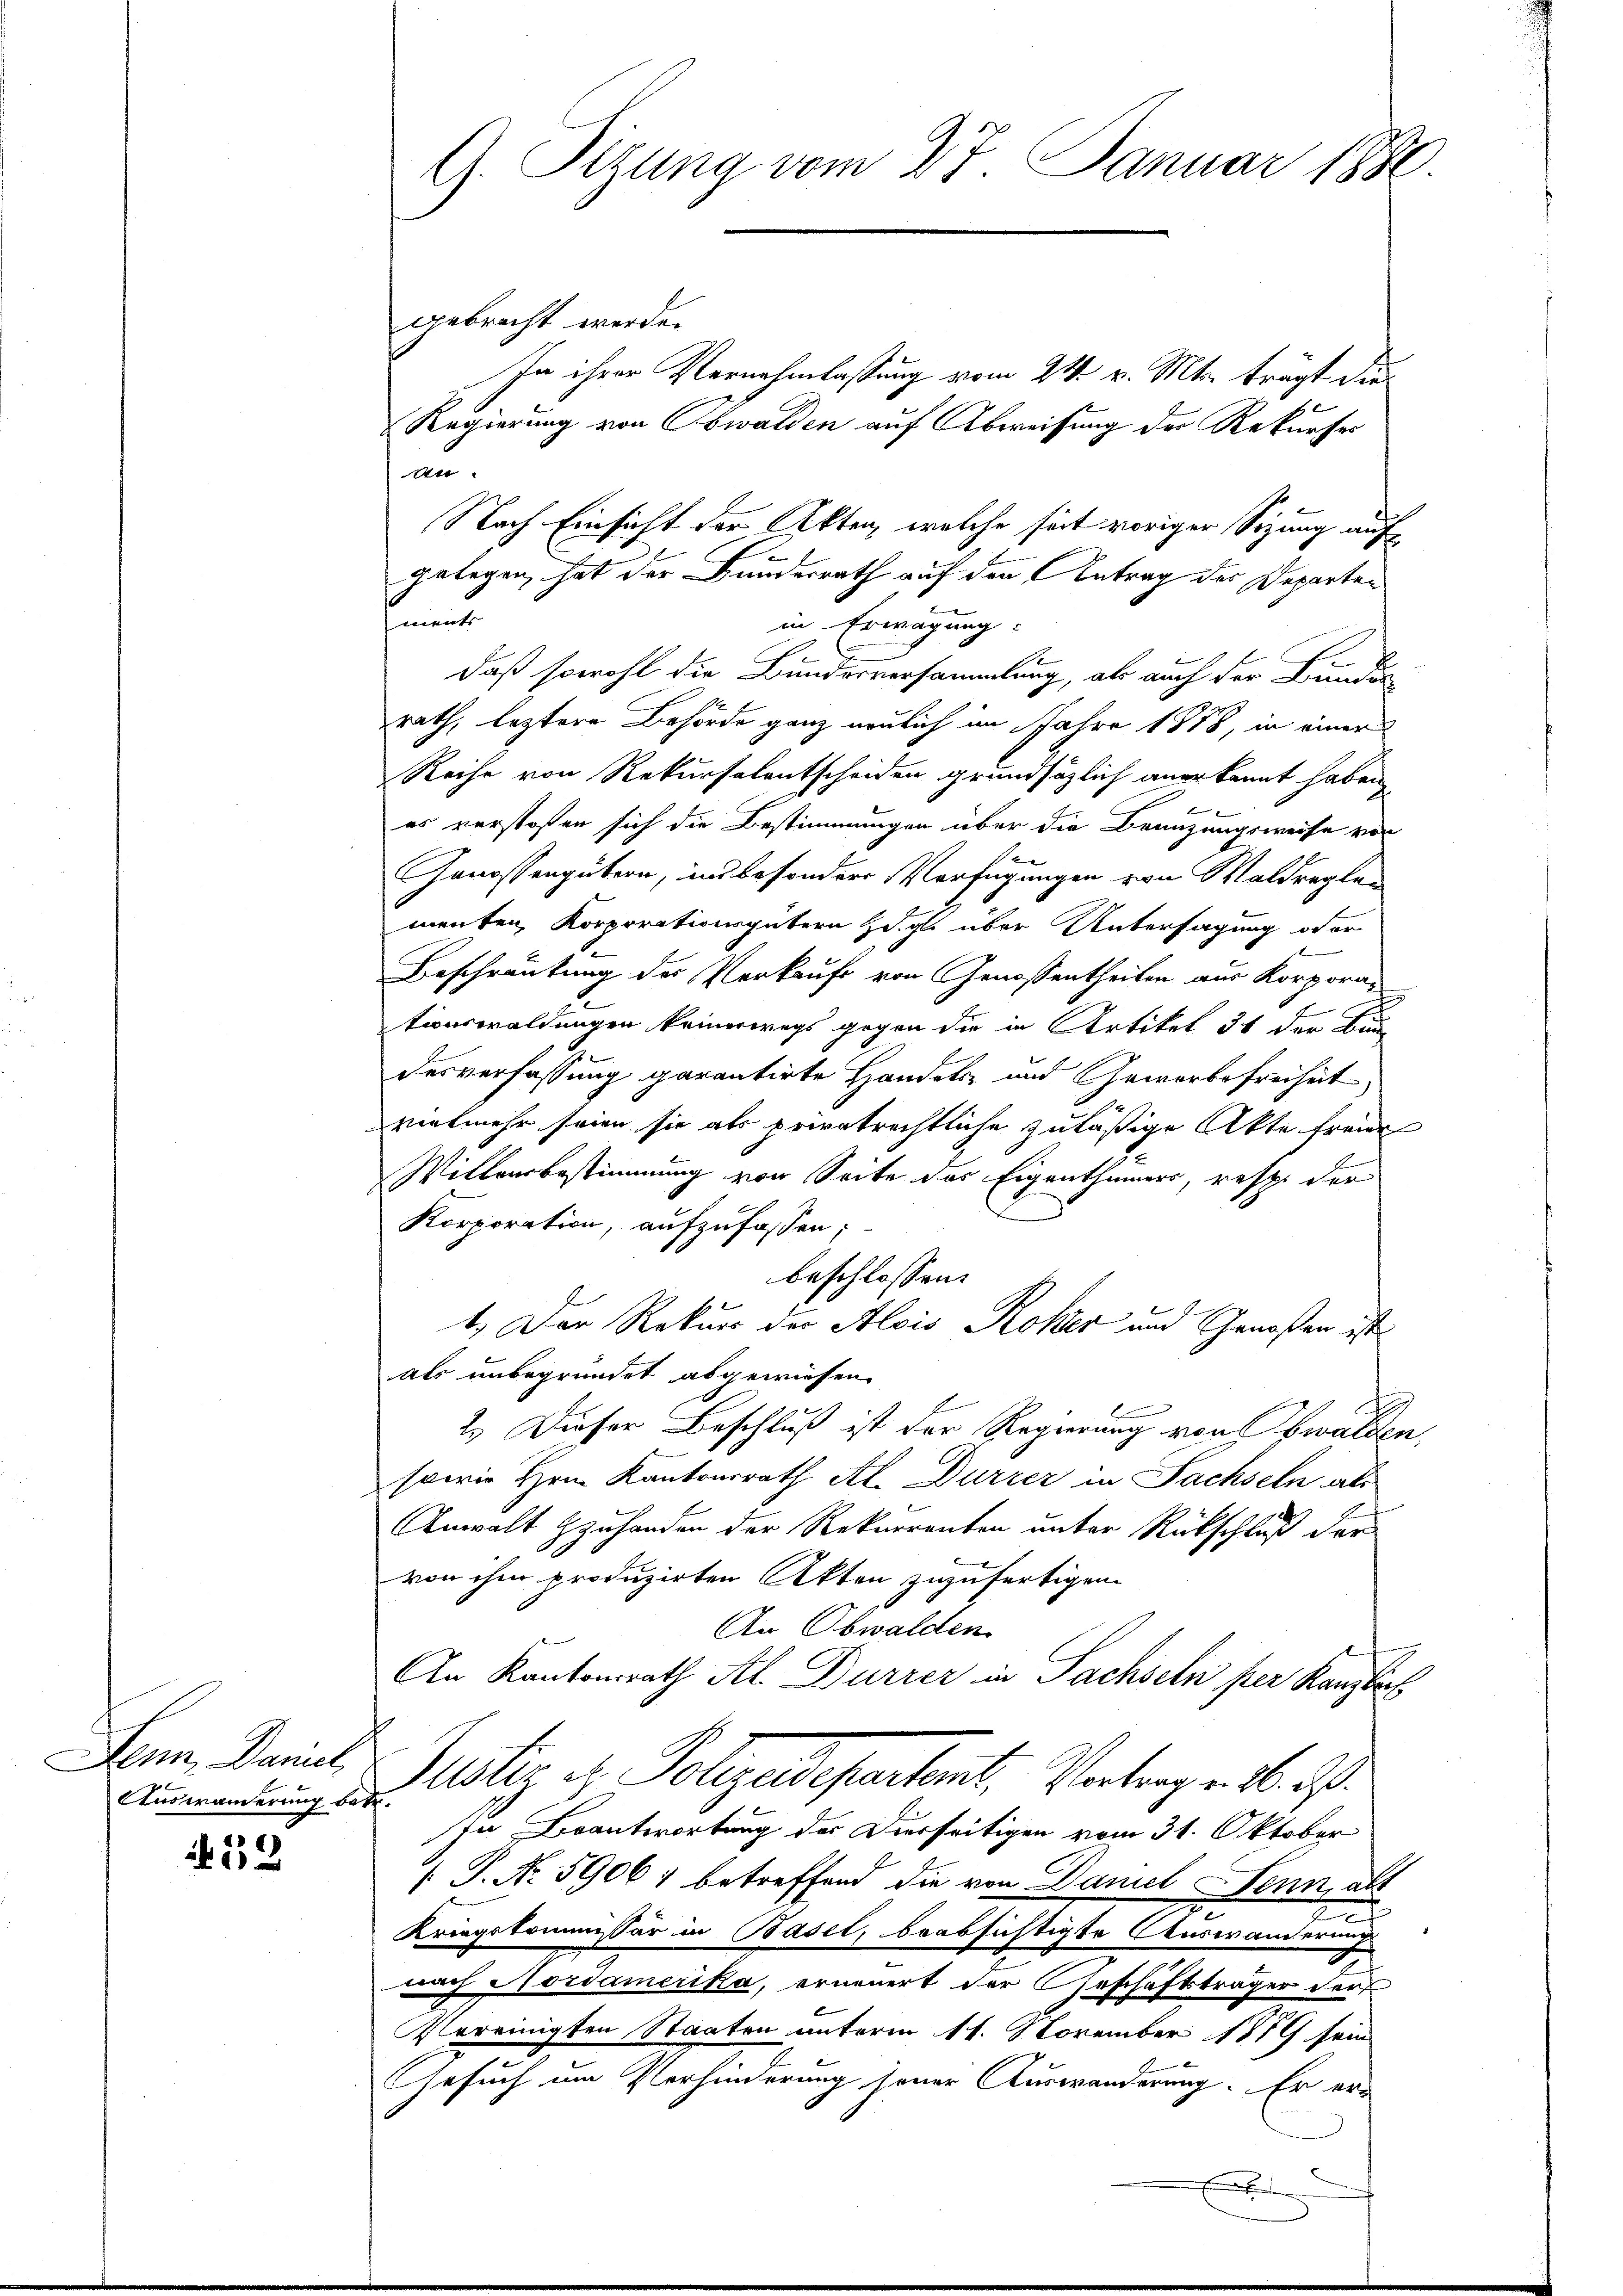
Auswanderung betr.

52

gebracht werde.
In ihrer Vernehmlassung vom 24. v. Mts. trägt die
Regierung von Obwalden auf Abweisung des Rekurses
t
Nach Einsicht der Akten, welche seit voriger Sitzung aufgelegen, hat der Bundesrath auf den Antrag des Departen
smeint.
in Erwägung:
daß sowohl die Bundesversammlung, als auch der Bundes
rath, leztere Behörde ganz neulich im Jahre 1858, in einer
Reihe von Rekursalentscheiden grundsätzlich anerkannt haben
es verstoßen sich die Bestimmungen über die Branzungsweise von
Genossengütern, ins besondere Verfügungen von Waldragten
menten, Korporationsgütern d. gl. über Untersagung oder
Beschränkung des Verkaufe von Genossentheilen aus Korpora-
tionswaldungen keinerwegs gegen die in Artikel 31 der Bun
desverfassung garantirte Handels- und Gewerbefreiheit,
vielmehr seien sie als privatrechtliche zuläßige Akte freier
Willensbestimmung von Seite des Eigenthümers, resp. der
Korporation, aufzufassen;
beschlossen:
de
1.) Der Rekurs der Alois Roher und Genoßen ist
als unbegründet abgewiesen.
2.) Dieser Beschluß ist der Regierung von Ewalden,
sowie Hem Kantonsrath Al. Durzer in Sachseln als
Anwalt zuhanden der Rekurrenten unter Rückschluß der
von ihm produzirten Akten zuzufertigen.
An Obwalden
An Kantonsrath Al. Dürrer in Sachseln per Kanzlich
Senn, Banal Puster u. Polizeidepartant, Vertrag v. M. D.
In Beantwortung des Dierseitigen vom 31. Oktober
[P. Nr. 59067 betreffend die von Daniel Sennatt
E
Kriegskommissär in Basel, beabsichtigte Auswanderung
nach Nordamerika, erneuert der Geschäftsträger der
Vereinigten Staaten unterm 11. November 1879 sein
Gesuch um Vorhinderung herer Auswanderung. Er er¬

G. Sizung vom 27. Januar 1880.